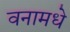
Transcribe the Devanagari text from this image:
वनामधे